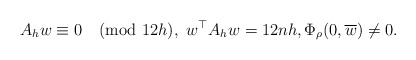
\begin{align*} A_{h}w\equiv 0\pmod{12h}, \ w^{\top}A_{h}w=12nh, \Phi_{\rho}(0,\overline{w})\neq 0.\end{align*}